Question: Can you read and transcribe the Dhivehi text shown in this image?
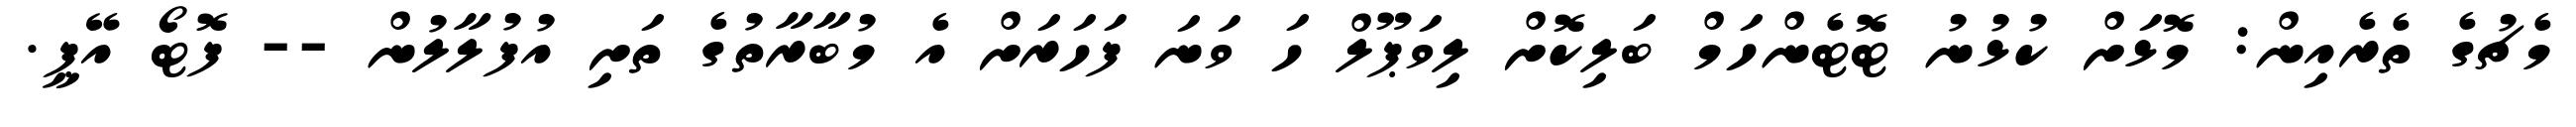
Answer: މެޗުގެ ތެރެއިން: މޮޅަށް ކުޅުނު ޓޮޓެންހަމް ބަލިކޮށް ލިވަޕޫލް ހަ ވަނަ ފަހަރަށް އެ މުބާރާތުގެ ތަށި އުފުލާލުން -- ފޮޓޯ އޭޕީ.